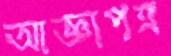
আজ্ঞাপত্র